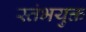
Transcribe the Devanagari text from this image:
स्तंभयुक्त